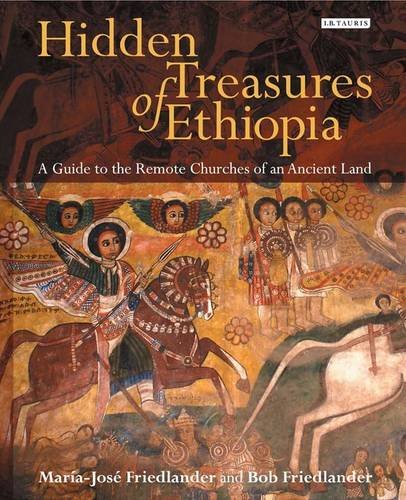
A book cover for Hidden Treasures of Ethiopia: A Guide to the Remote Churches of an Ancient Land; Bob Friedlander; History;